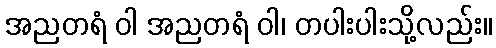
အညတရံ ဝါ အညတရံ ဝါ၊ တပါးပါးသို့လည်း။